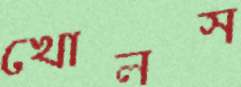
খোলস